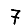
Digit: 7